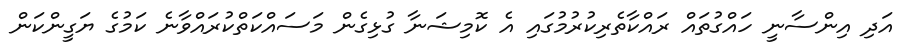
އަދި އިންސާނީ ހައްގުތައް ރައްކާތެރިކުރުމުގައި އެ ކޮމިޝަނާ ގުޅިގެން މަސައްކަތްކުރައްވާނެ ކަމުގެ ޔަގީންކަން